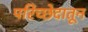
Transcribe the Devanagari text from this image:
परिच्छेदातून